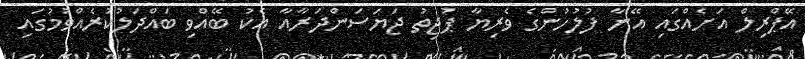
އޭޕްރިލް އަށެއްގައި އޭނާ ފުލުހުންގެ ވެރިޔާ ޕުޖިތު ޖަޔަސަންދަރާއާ އެކު ބޭއްވި ބައްދަލުކުރެއްވުމުގައި